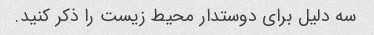
سه دلیل برای دوستدار محیط زیست را ذکر کنید.